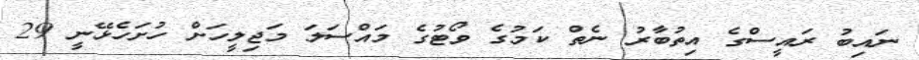
ނައިބު ރައީސްގެ އިތުބާރު ނެތް ކަމުގެ ވޯޓުގެ މައްސަލަ މަޖިލީހަށް ހުށަހެޅޭނީ 29